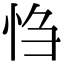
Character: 㤘